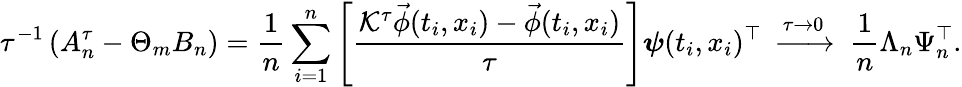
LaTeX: \tau^{-1}\left(A_{n}^{\tau}-\Theta_{m}B_{n}\right)=\frac 1n\sum_{i=1}^{n}\left[\frac{\mathcal{K}^{\tau}\vec{\phi}(t_{i},x_{i})-\vec{\phi}(t_{i},x_{i})}{\tau}\right]\boldsymbol{\psi}(t_{i},x_{i})^{\top}\; \xrightarrow{\tau\to 0}\; \frac{1}{n}\Lambda_{n}\Psi_{n}^{\top}.